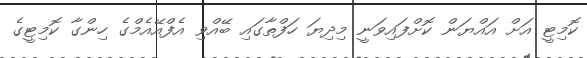
ކޮމިޓީ އަށް އައްޔަން ކޮށްފައިވަނީ މިދިޔަ ހަފްތާގައި ބޭއްވި އެފްއޭއެމްގެ ހިންގާ ކޮމިޓީގެ